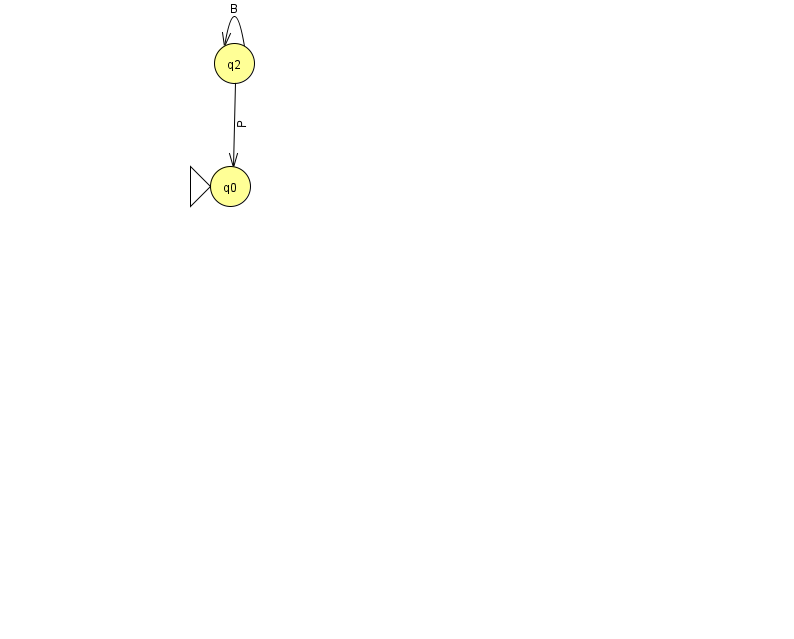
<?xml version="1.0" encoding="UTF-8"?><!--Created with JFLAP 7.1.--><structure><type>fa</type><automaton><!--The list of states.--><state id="0" name="q0"><x>230.0</x><y>173.0</y><initial/></state><state id="2" name="q2"><x>234.0</x><y>50.0</y></state><!--The list of transitions.--><transition><from>2</from><to>2</to><read>B</read></transition><transition><from>2</from><to>0</to><read>P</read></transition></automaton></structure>